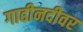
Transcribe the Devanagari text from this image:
गाढीनदीवर